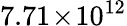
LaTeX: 7.71\! \times\! 10^{12}